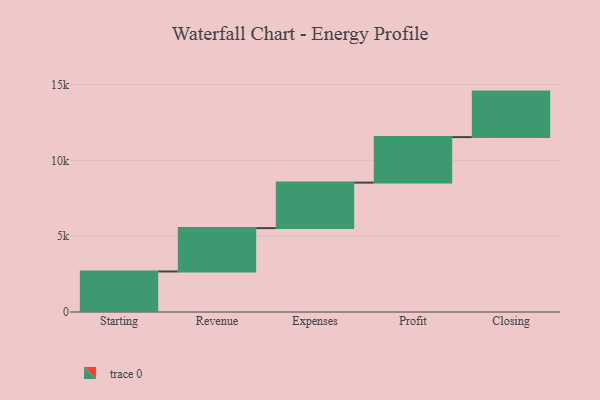
{"axis": {"x": "Step", "y": "Value"}, "legend": [""], "data": [{"x": "Starting", "y": 2673.0, "type": ""}, {"x": "Revenue", "y": 2858.0, "type": ""}, {"x": "Expenses", "y": 3000, "type": ""}, {"x": "Profit", "y": 3000, "type": ""}, {"x": "Closing", "y": 3000, "type": ""}]}